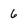
Character: 6